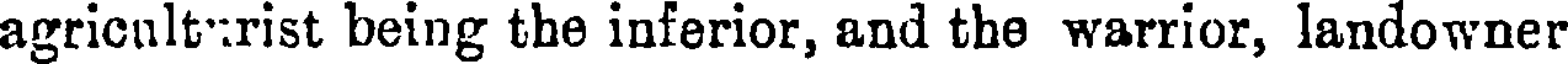
agricult:rist being the inferior, and the warrior, landowner